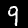
Digit: 9